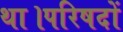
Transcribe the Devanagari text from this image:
था।परिषदों